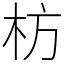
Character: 枋